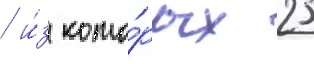
/ и́з кото́рых 25